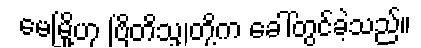
မေမြို့ဟု ဗြိတိသျှတို့က ခေါ်တွင်ခဲ့သည်။